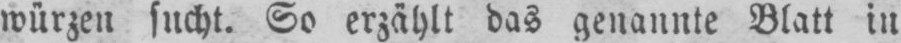
würzen sucht. So erzählt das genannte Blatt in